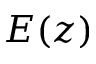
E ( z )